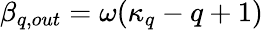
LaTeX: \beta_{q,out}=\omega(\kappa_{q}-q+1)